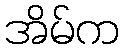
အိမ်က